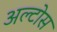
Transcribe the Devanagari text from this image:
अल्टोस